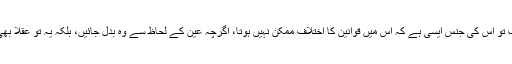
رہا پہلا باب تو اس کی جنس ایسی ہے کہ اس میں قوانین کا اختلاف ممکن نہیں ہوتا، اگرچہ عین کے لحاظ سے وہ بدل جائیں، بلکہ یہ تو عقلاً بھی ثابت ہے۔